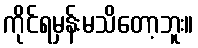
ကိုင်ရမှန်းမသိတော့ဘူး။